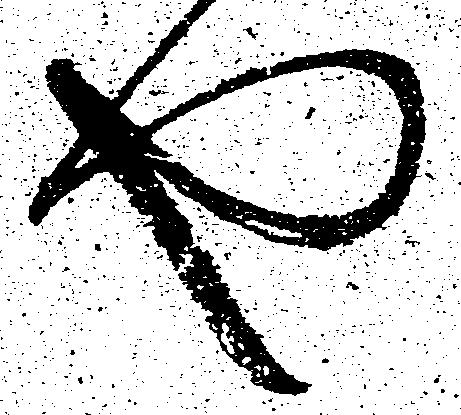
や